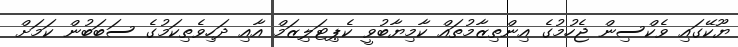
ޔޫކޭގައި ވެކްސިން ޖެހުމުގެ އިންތިޒާމުތައް ކާމިޔާބުވީ ކެޕިޓަލިޒަމް އާއި ދަހިވެތިކަމުގެ ސަބަބުން ކަމަށް